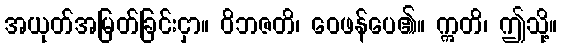
အယုတ်အမြတ်ခြင်းငှာ။ ဝိဘဇတိ၊ ဝေဖန်ပေ၏။ ဣတိ၊ ဤသို့။